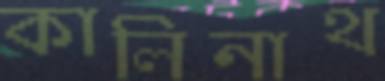
কালিনাথ